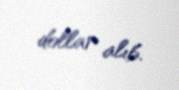
dollar alıb.